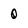
Character: 0